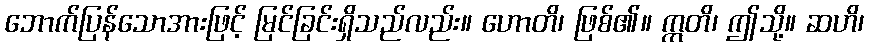
ဘောက်ပြန်သောအားဖြင့် မြင်ခြင်းရှိသည်လည်း။ ဟောတိ၊ ဖြစ်၏။ ဣတိ၊ ဤသို့။ ဆဟိ၊